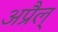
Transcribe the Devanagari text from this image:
अप्रैल्